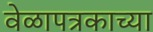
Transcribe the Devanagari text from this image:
वेळापत्रकाच्या